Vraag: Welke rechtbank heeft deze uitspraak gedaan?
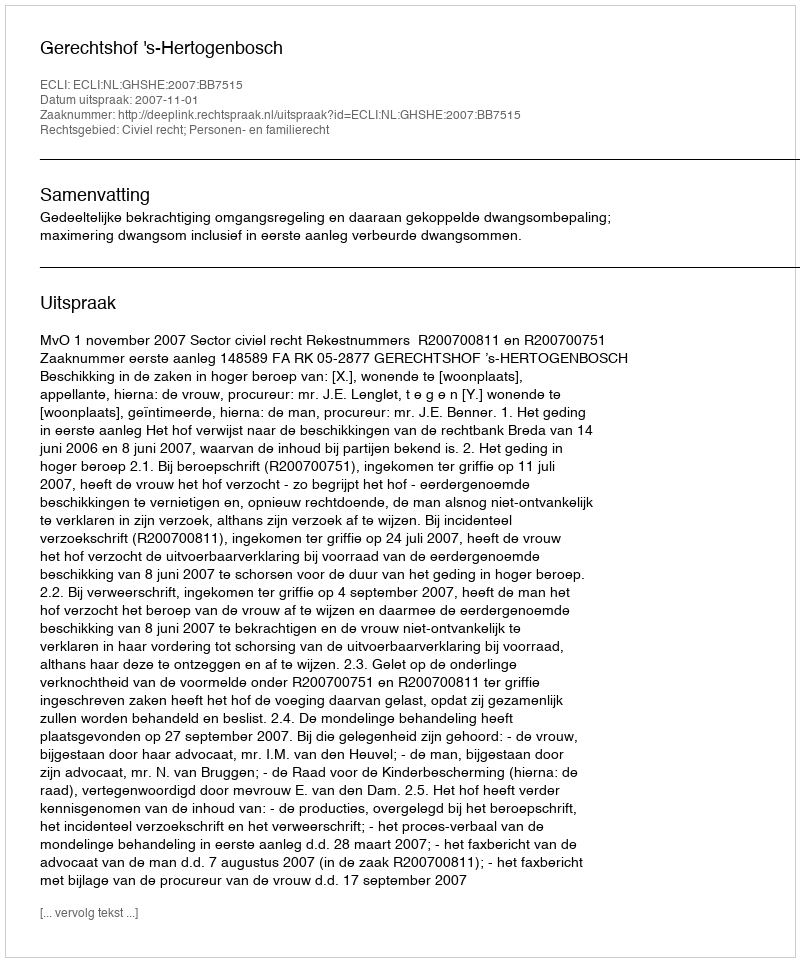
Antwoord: Gerechtshof 's-Hertogenbosch